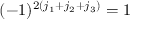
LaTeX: ( - 1 ) ^ { 2 ( j _ { 1 } + j _ { 2 } + j _ { 3 } ) } = 1